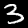
Label: 3